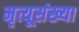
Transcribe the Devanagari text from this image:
मृत्यूसंख्या